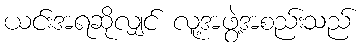
ယင်းအရဆိုလျှင် လူ့အဖွဲ့အစည်းသည်